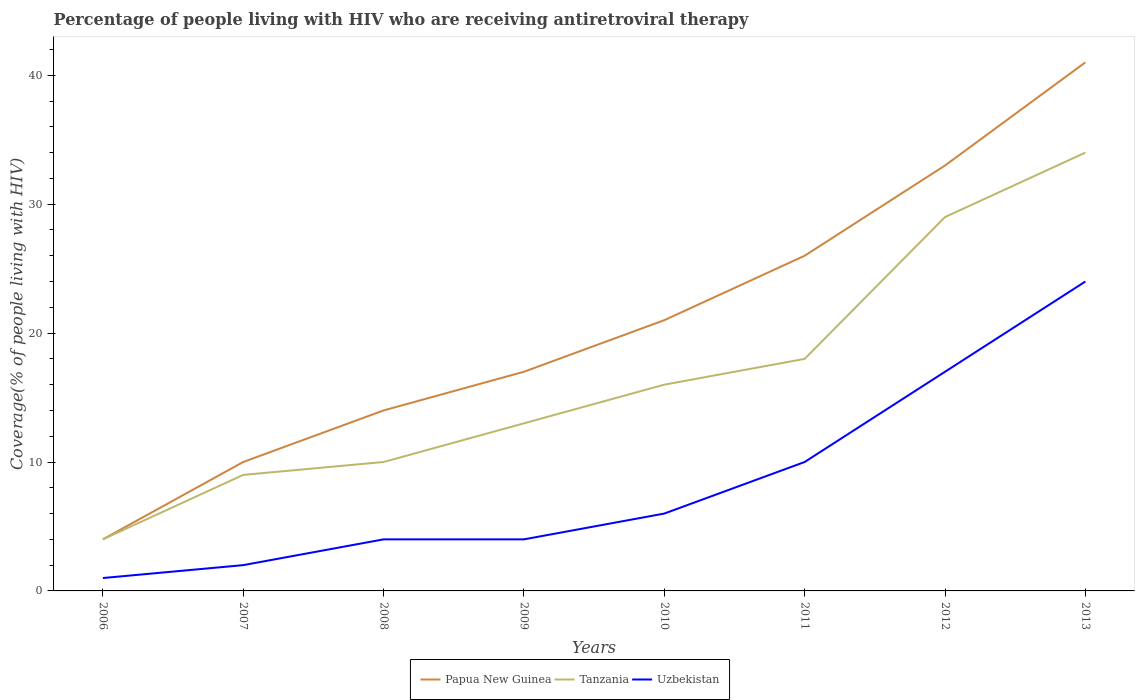
| Years | Papua New Guinea | Tanzania | Uzbekistan |
 | --- | --- | --- | --- |
 | 2006 | 4 | 4 | 1 |
 | 2007 | 10 | 9 | 2 |
 | 2008 | 14 | 10 | 4 |
 | 2009 | 17 | 13 | 4 |
 | 2010 | 21 | 16 | 6 |
 | 2011 | 26 | 18 | 10 |
 | 2012 | 33 | 29 | 17 |
 | 2013 | 41 | 34 | 24 |